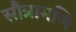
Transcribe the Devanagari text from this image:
सौत्रामणि